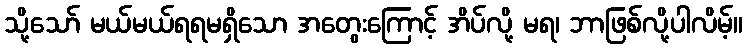
သို့သော် မယ်မယ်ရရမရှိသော အတွေးကြောင့် အိပ်လို့ မရ၊ ဘာဖြစ်လို့ပါလိမ့်။